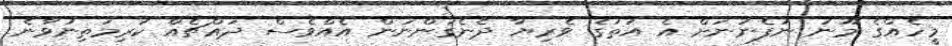
މީހެއްގެ މޫނު ނުފެނުނަށް އެ އަތުގެ ވެރިޔާ ދެނެގަންނަން އެއްވެސް ދައްޗެއް ކުރިމަތިނުވާނެ